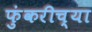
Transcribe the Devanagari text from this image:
फुंकरीच्या